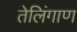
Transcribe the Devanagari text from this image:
तेलिंगाण